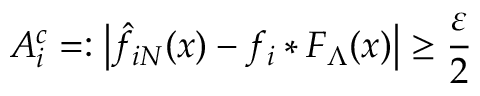
{ \cal { A } } _ { i } ^ { c } = : \left| \hat { f } _ { i N } ( x ) - f _ { i } * F _ { \Lambda } ( x ) \right| \ge \frac { \varepsilon } { 2 }